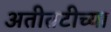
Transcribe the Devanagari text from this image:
अतीतटीच्या